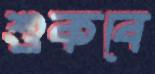
শুকবে